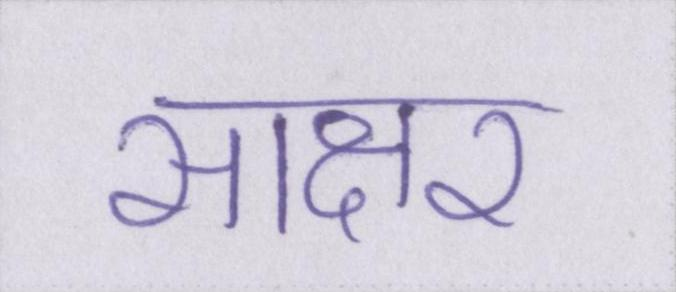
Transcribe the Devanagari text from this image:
साक्षर